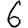
Digit: 6